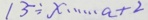
1 3 \div x \cdots a + 2